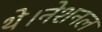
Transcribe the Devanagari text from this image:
थे।नेशनल